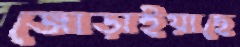
জোড়াইয়াছে